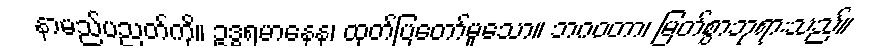
နာမည်ပညတ်ကို။ ဥဒ္ဓရမာနေန၊ ထုတ်ပြတော်မူသော။ ဘဂဝတာ၊ မြတ်စွာဘုရားသည်။